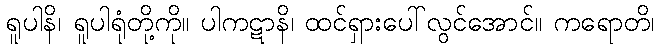
ရူပါနိ၊ ရူပါရုံတို့ကို။ ပါကဋာနိ၊ ထင်ရှားပေါ်လွင်အောင်။ ကရောတိ၊